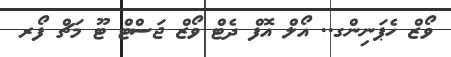
ވޯޒް ހެޕަނިންގ.. އޯލް އޮފް ދެޓް ވޯޒް ޖަސްޓް ޓޫ މަޗް ފޯރ